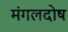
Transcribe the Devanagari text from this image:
मंगलदोष